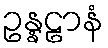
ဥန္နဠာနံ